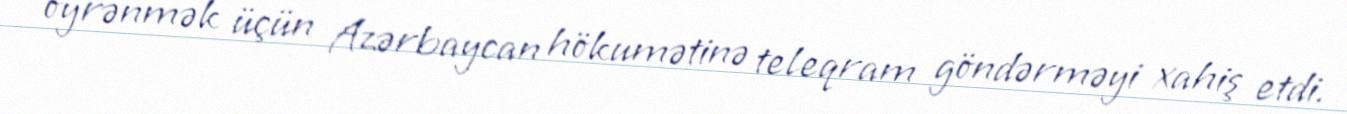
öyrənmək üçün Azərbaycan hökumətinə teleqram göndərməyi xahiş etdi.